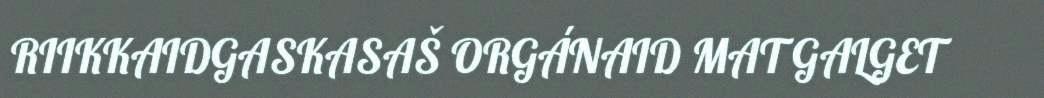
RIIKKAIDGASKASAŠ ORGÁNAID MAT GALGET